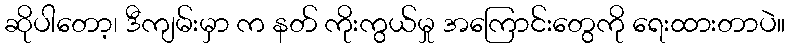
ဆိုပါတော့၊ ဒီကျမ်းမှာ က နတ် ကိုးကွယ်မှု အကြောင်းတွေကို ရေးထားတာပဲ။